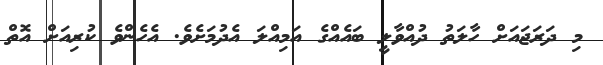
މި ދަރަޖައަށް ހާލަތު ދުއްވާލީ ބައެއްގެ އަމިއްލަ އެދުމަށެވެ. އެހެންވެ ކުރިއަށް އޮތް